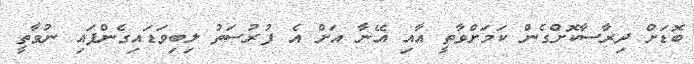
ބޮޑަށް ދިރާސާކޮށްގެން ކަމަށްވާތީ އާއި އޭނާ އަށް އެ ފުރުސަތު ލިބިވަޑައިގެންފައި ނުވާތީ